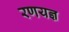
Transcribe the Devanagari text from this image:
रणयज्ञ